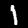
Label: 1